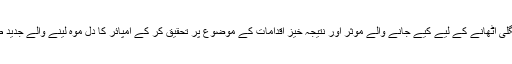
ایک تحقیقی ادارہ امپائر کی انگلی اٹھانے کے لیے کیے جانے والے مؤثر اور نتیجہ خیز اقدامات کے موضوع پر تحقیق کر کے امپائر کا دل موہ لینے والے جدید طریقوں پر مواد پیش کرے گا۔